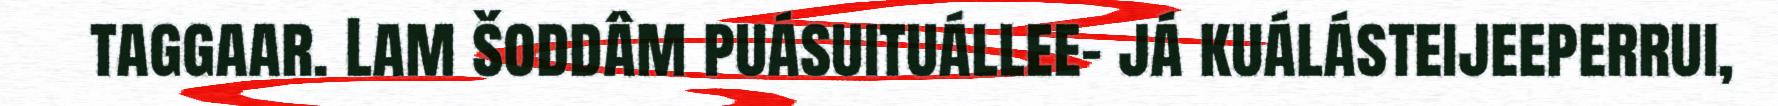
taggaar. Lam šoddâm puásuituállee- já kuálásteijeeperrui,